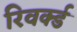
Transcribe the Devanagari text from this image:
रिवर्क्ड